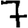
Digit: 7